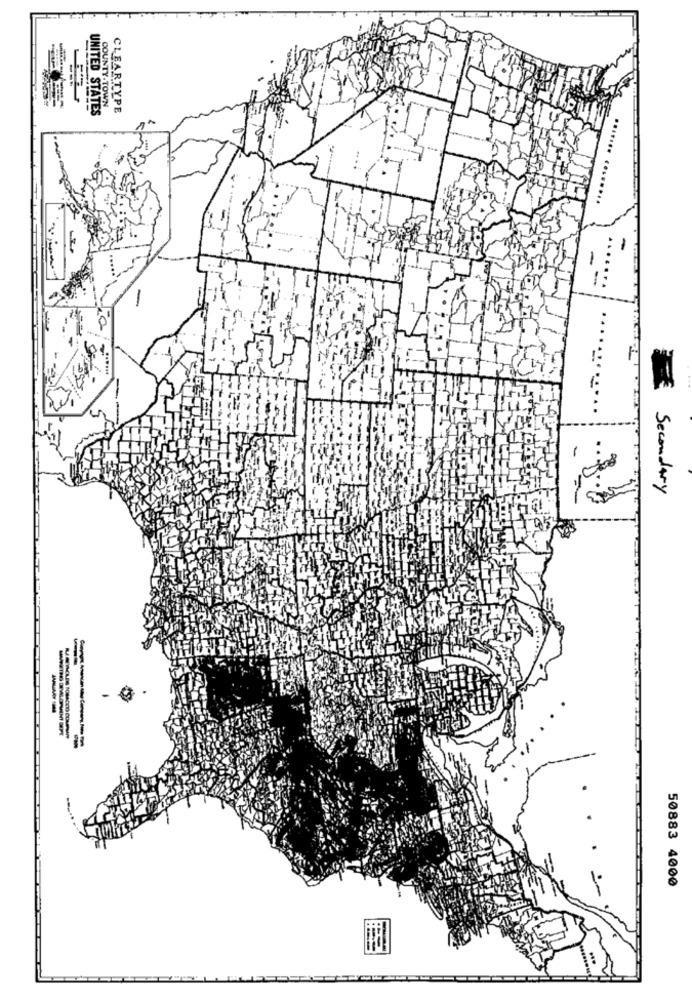
COUNTY TOWN
CLEARTYPE
UNITED STATES
....... ........
-
-
Secondary
50883 4000